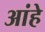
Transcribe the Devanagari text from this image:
आंहे